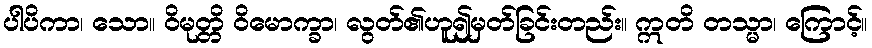
ပါပိကာ၊ သော။ ဝိမုတ္တိ ဝိမောက္ခာ၊ လွတ်၏ဟူ၍မှတ်ခြင်းတည်း။ ဣတိ တသ္မာ၊ ကြောင့်။